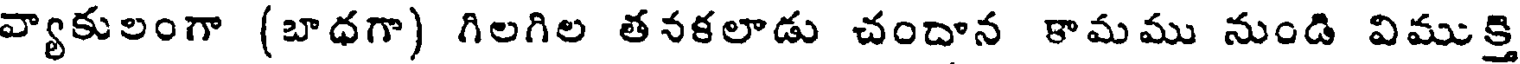
వ్యాకులంగా (బాధగా) గిలగిల తనకలాడు చందాన కామము నుండి విముక్తి